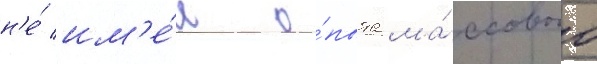
н'е́ им'е́л о́пыта ма́ссового